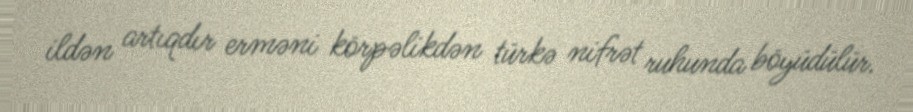
ildən artıqdır erməni körpəlikdən türkə nifrət ruhunda böyüdülür.